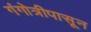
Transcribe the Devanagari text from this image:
गंगोत्रीपासून